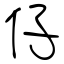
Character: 仔